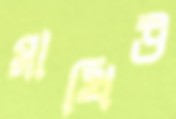
মাথিউ